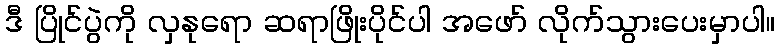
ဒီ ပြိုင်ပွဲကို လှနုရော ဆရာဖြိုးပိုင်ပါ အဖော် လိုက်သွားပေးမှာပါ။